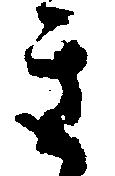
き